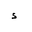
Letter: _hamza